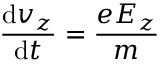
\frac { \mathrm { d } v _ { z } } { \mathrm { d } t } = \frac { e E _ { z } } { m }